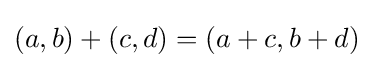
(a,b)+(c,d)=(a+c,b+d)